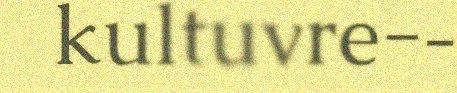
kultuvre-‐